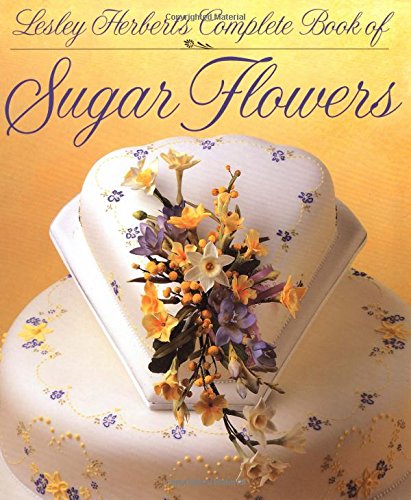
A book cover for Lesley Herbert's Complete Book of Sugar Flowers; Lesley Herbert; Cookbooks, Food & Wine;